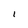
Character: I